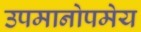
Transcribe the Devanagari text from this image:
उपमानोपमेय